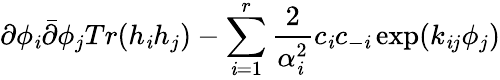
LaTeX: \partial\phi_{\mathit{i}}\bar{{\partial}}\phi_{j}Tr(h_{\mathit{i}}h_{j})-\sum_{\mathit{i}=1}^{r}\frac{{2}}{{\alpha_{\mathit{i}}^{2}}}c_{\mathit{i}}c_{-\mathit{i}}\exp(k_{\mathit{i}j}\phi_{j})